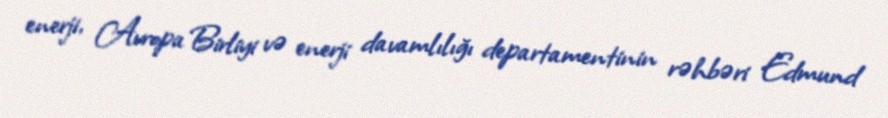
enerji, Avropa Birliyi və enerji davamlılığı departamentinin rəhbəri Edmund